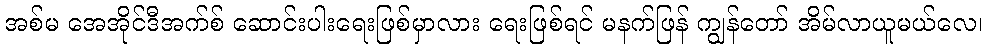
အစ်မ အေအိုင်ဒီအက်စ် ဆောင်းပါးရေးဖြစ်မှာလား ရေးဖြစ်ရင် မနက်ဖြန် ကျွန်တော် အိမ်လာယူမယ်လေ၊